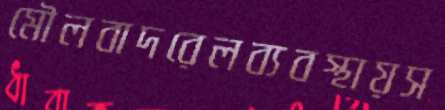
মৌলবাদরেলব্যবস্থায়স